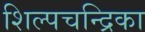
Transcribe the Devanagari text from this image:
शिल्पचन्द्रिका